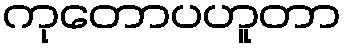
ကုတောပဟူတာ